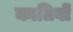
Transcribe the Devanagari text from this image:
कातिबों